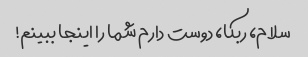
سلام، ربکا، دوست دارم شما را اینجا ببینم!